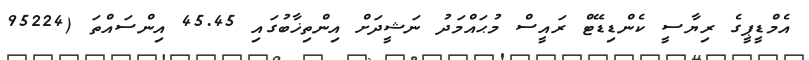
އެމްޑީޕީގެ ރިޔާސީ ކެންޑިޑޭޓް ރައީސް މުޙައްމަދު ނަޝީދަށް އިންތިޚާބުގައި 45.45 އިންސައްތަ (95224